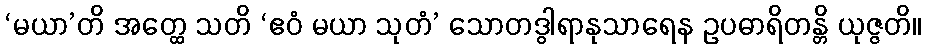
‘မယာ’တိ အတ္ထေ သတိ ‘ဧဝံ မယာ သုတံ’ သောတဒွါရာနုသာရေန ဥပဓာရိတန္တိ ယုဇ္ဇတိ။